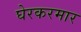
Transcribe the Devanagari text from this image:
घेरकरमार